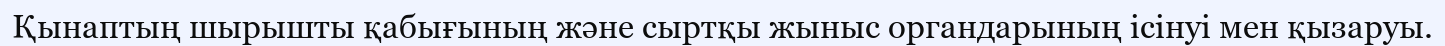
Қынаптың шырышты қабығының және сыртқы жыныс органдарының ісінуі мен қызаруы.